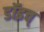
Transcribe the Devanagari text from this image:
डॉइच्